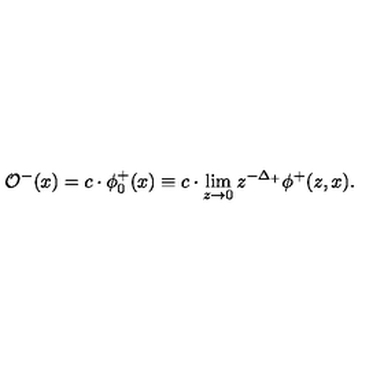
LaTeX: \mathcal { O } ^ { - } ( x ) = c \cdot \phi _ { 0 } ^ { + } ( x ) \equiv c \cdot \lim _ { z \to 0 } z ^ { - \Delta _ { + } } \phi ^ { + } ( z , x ) .